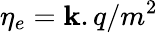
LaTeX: \eta_{e}=\mathbf{k}.q/m^{2}